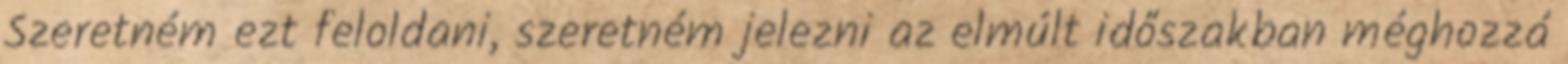
Szeretném ezt feloldani, szeretném jelezni az elmúlt időszakban méghozzá